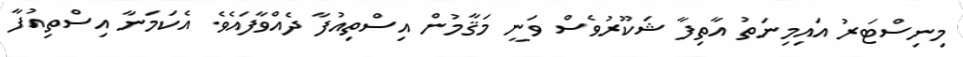
މިނިސްޓަރު އައިމިނަތު އާތިފާ ޝަކޫރުވެސް ވަނީ މަޤާމުން އިސްތިއުފާ ދެއްވާފައެވެ. އެކަމަނާ އިސްތިއުފާ